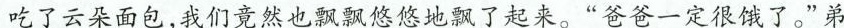
吃了云朵面包，我们竟然也飘飘悠悠地飘了起来。”爸爸一定很饿了。”弟